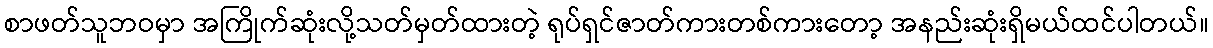
စာဖတ်သူဘဝမှာ အကြိုက်ဆုံးလို့သတ်မှတ်ထားတဲ့ ရုပ်ရှင်ဇာတ်ကားတစ်ကားတော့ အနည်းဆုံးရှိမယ်ထင်ပါတယ်။